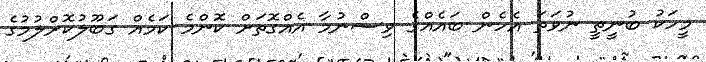
މީހަކު ބުނީތީ ނުވަތަ އެހެން ބައެއްގެ ވިސްނުމާ އެއްގޮތަށް ކޮންމެ ކަމެއް ގަބޫލުކޮށްލުމުގެ